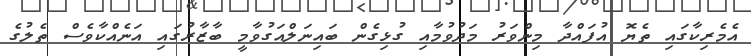
އެމެރިކާގައި ތެޔޮ އުފައްދާ މިންވަރު މަދުވުމާއި ގުޅިގެން ބައިނަލްއަގުވާމީ ބާޒާރުގައި އަނެއްކާވެސް ތެލުގެ